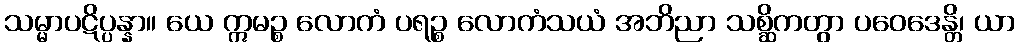
သမ္မာပဋိပ္ပန္နာ။ ယေ ဣမဉ္စ လောကံ ပရဉ္စ လောကံသယံ အဘိညာ သစ္ဆိကတွာ ပဝေဒေန္တိ၊ ယာ